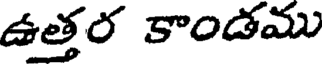
ఉత్తర కాండము